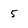
Character: 5